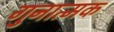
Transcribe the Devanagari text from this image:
गुनात्मक